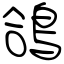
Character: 鴿